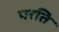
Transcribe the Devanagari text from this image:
परति